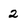
Character: 2